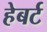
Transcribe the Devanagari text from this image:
हेबर्ट